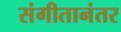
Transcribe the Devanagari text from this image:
संगीतानंतर